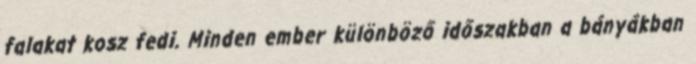
falakat kosz fedi. Minden ember különböző időszakban a bányákban